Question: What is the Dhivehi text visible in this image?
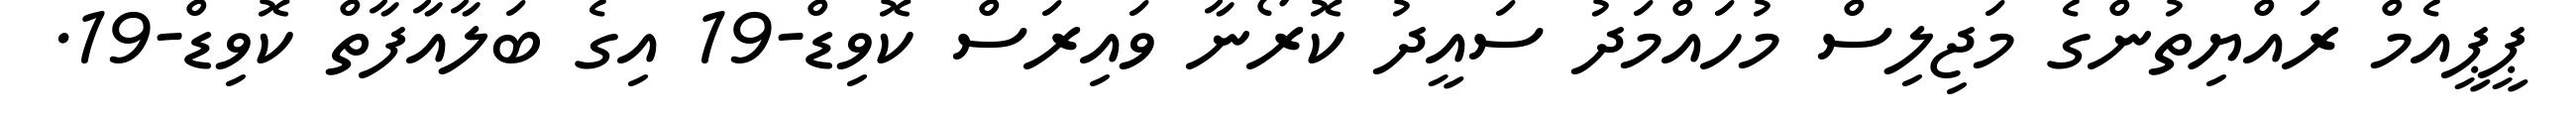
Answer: ޕީޕީއެމް ރައްޔިތުންގެ މަޖިލިސް މުހައްމަދު ސައީދު ކޮރޯނާ ވައިރަސް ކޮވިޑް-19 އިގެ ބަލާއާފާތް ކޮވިޑް-19.